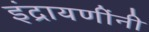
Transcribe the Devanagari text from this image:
इंद्रायणींनी